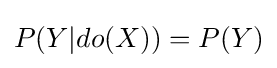
P(Y|do(X))=P(Y)